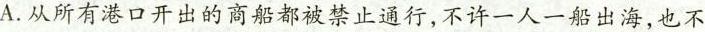
A.从所有港口开出的商船都被禁止通行，不许一人一船出海，也不